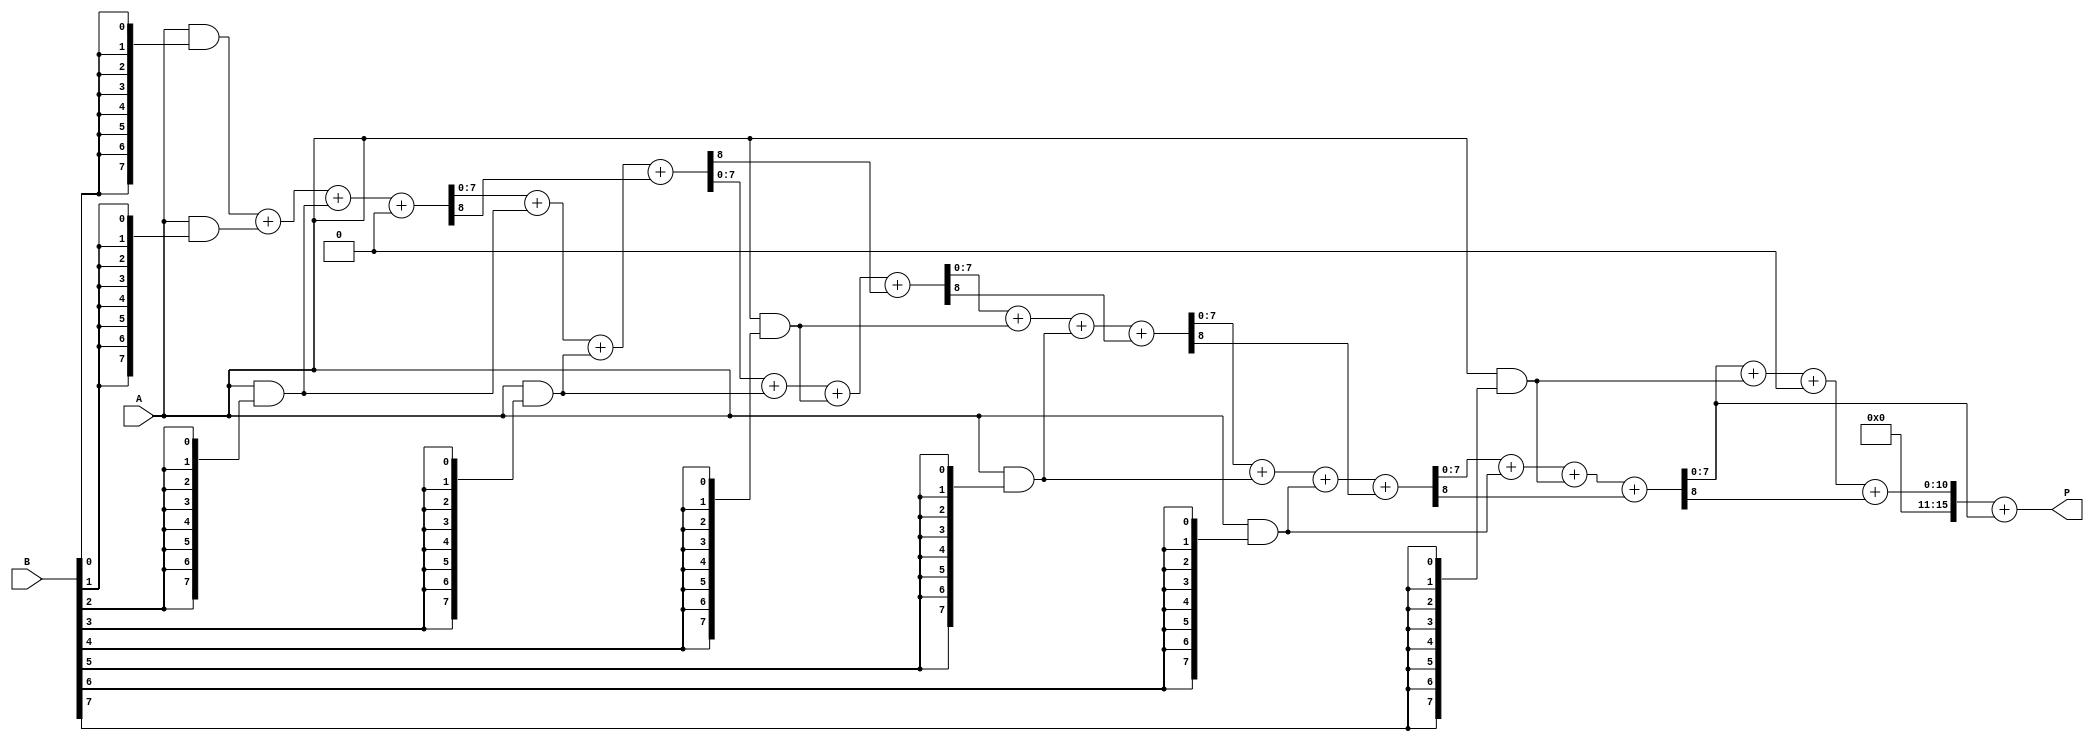
module wallace_tree_multiplier #(parameter N = 8) (
    input [N-1:0] A,
    input [N-1:0] B,
    output reg [2*N-1:0] P
);

    // Generate partial products
    wire [N-1:0] pp [0:N-1]; // Partial products
    genvar i;
    generate
        for (i = 0; i < N; i = i + 1) begin : gen_partial_products
            assign pp[i] = A & {N{B[i]}};
        end
    endgenerate

    // Wallace tree reduction
    wire [N-1:0] sum [0:N-1]; // Sums at each level
    wire [N-1:0] carry [0:N-1]; // Carries at each level

    // Initial stage: first level of partial products
    assign sum[0] = pp[0];
    assign carry[0] = 0;

    // Reduction stages
    genvar j;
    generate
        for (j = 1; j < N; j = j + 1) begin : reduction_stage
            wire [N-1:0] a, b, c;
            assign a = sum[j-1];
            assign b = (j < N) ? pp[j] : 0; // Only use valid partial products
            assign c = (j < N-1) ? pp[j+1] : 0; // Only use valid partial products

            // Full adder and half adder logic
            wire [N-1:0] sum_out, carry_out;
            wire carry_in = carry[j-1];

            // Full adder for three inputs
            assign {carry_out, sum_out} = a + b + c + carry_in;

            assign sum[j] = sum_out;
            assign carry[j] = carry_out;
        end
    endgenerate

    // Final addition stage
    wire [2*N-1:0] final_sum;
    assign final_sum = {carry[N-1], sum[N-1]} + {1'b0, sum[N-2]};

    // Assign final product
    always @(*) begin
        P = final_sum;
    end

endmodule